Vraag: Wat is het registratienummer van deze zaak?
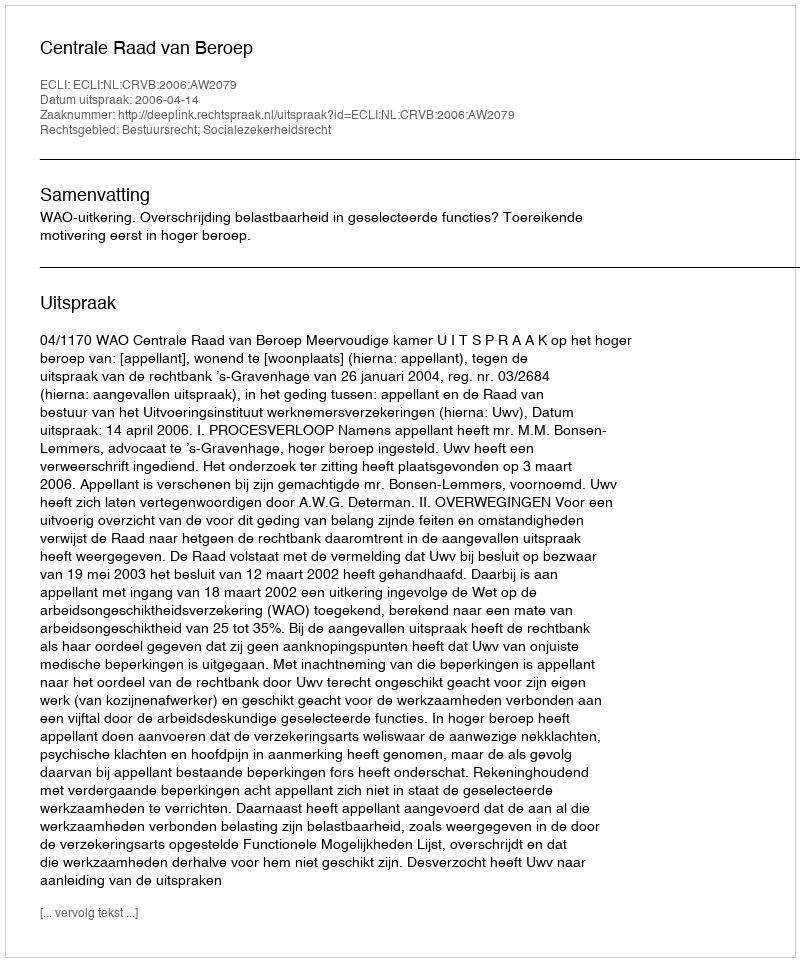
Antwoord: http://deeplink.rechtspraak.nl/uitspraak?id=ECLI:NL:CRVB:2006:AW2079